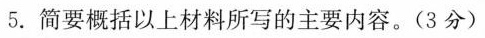
5.简要概括以上材料所写的主要内容。( 3 分 )